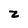
Character: z